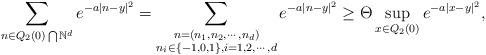
LaTeX: \begin{align*}\sum_{n\in Q_2(0)\bigcap \mathbb{N}^d} e^{-a|n-y|^2} &= \sum_{\substack{n=(n_1,n_2,\cdots,n_d)\\n_i\in \{-1,0,1\}, i=1,2,\cdots, d}} e^{-a|n-y|^2}\geq \Theta \sup_{x\in Q_2(0)}e^{-a|x-y|^2},\end{align*}